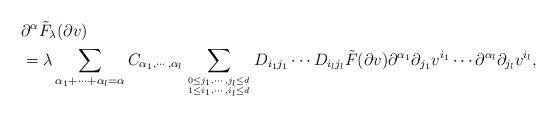
LaTeX: \begin{align*} &\partial^\alpha \tilde{F}_\lambda (\partial v) \\ &= \lambda \sum_{\alpha_1 + \cdots + \alpha_l = \alpha} C_{\alpha_1,\cdots, \alpha_l} \sum_{0 \leq j_1, \cdots, j_l \leq d \atop 1 \leq i_1, \cdots, i_l \leq d} D_{i_1j_1} \cdots D_{i_lj_l} \tilde{F}(\partial v) \partial^{\alpha_1} \partial_{j_1}v^{i_1} \cdots \partial^{\alpha_l} \partial_{j_l} v^{i_l},\end{align*}